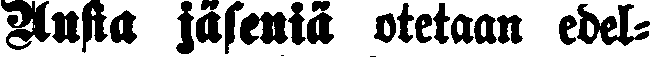
Uusia jäseniä otetaan edel-